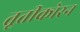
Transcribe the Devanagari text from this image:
तूतीकोरन